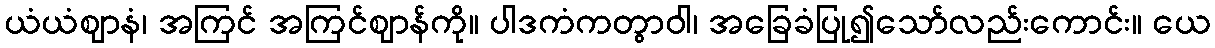
ယံယံဈာနံ၊ အကြင် အကြင်ဈာန်ကို။ ပါဒကံကတွာဝါ၊ အခြေခံပြု၍သော်လည်းကောင်း။ ယေ